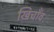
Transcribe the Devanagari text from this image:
खिचाँव